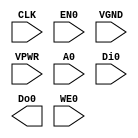
module RAM32 (CLK,
    EN0,
    VGND,
    VPWR,
    A0,
    Di0,
    Do0,
    WE0);
 input CLK;
 input EN0;
 input VGND;
 input VPWR;
 input [4:0] A0;
 input [31:0] Di0;
 output [31:0] Do0;
 input [3:0] WE0;
endmodule